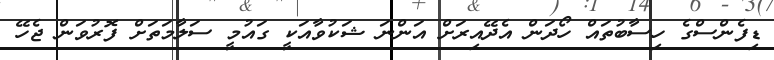
ޑިފެންސްގެ ހިސާބުތައް ހޯދަން އެދޭއިރަށް އަންނަ ޝަކުވާއަކީ ގައުމީ ސަލާމަތަށް ފޮރުވަން ޖެހޭ